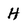
Character: H